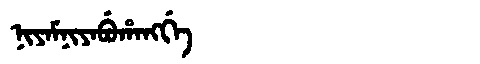
Manchu: ᠨᡳᠶᠠᠮᠨᡳᠶᠠᠪᡠᡥᠠᠩᡤᡝ
Romanization: NIYAMNIYABUHANGGE